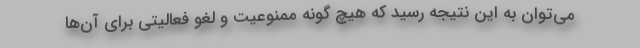
می‌توان به این نتیجه رسید که هیچ گونه ممنوعیت و لغو فعالیتی برای آن‌ها